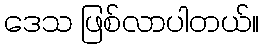
ဒေသ ဖြစ်လာပါတယ်။